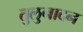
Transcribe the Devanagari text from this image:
तुलुनादन